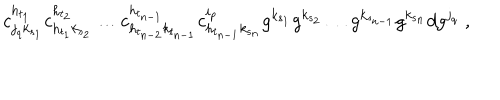
LaTeX: c _ { j _ { q } k _ { { s } _ { 1 } } } ^ { h _ { { t } _ { 1 } } } c _ { h _ { { t } _ { 1 } } k _ { { s } _ { 2 } } } ^ { h _ { { t } _ { 2 } } } \ldots c _ { h _ { { t } _ { n - 2 } } k _ { { t } _ { n - 1 } } } ^ { h _ { { t } _ { n - 1 } } } c _ { h _ { { t } _ { n - 1 } } k _ { { s } _ { n } } } ^ { i _ { p } } g ^ { k _ { { s } _ { 1 } } } g ^ { k _ { { s } _ { 2 } } } \ldots g ^ { k _ { { s } _ { n - 1 } } } g ^ { k _ { { s } _ { n } } } d g ^ { j _ { q } } \; ,